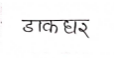
मजकूर: डाकघर